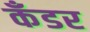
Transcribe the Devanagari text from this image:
कँडर